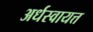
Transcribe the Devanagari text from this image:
अर्धस्वायत्त